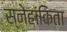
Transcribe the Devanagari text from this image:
स्नेहांकिता